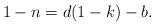
LaTeX: \begin{align*}1-n = d(1-k) - b.\end{align*}